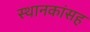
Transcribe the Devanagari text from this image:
स्थानकांसह